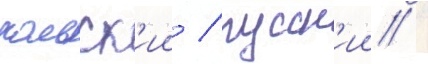
польск'ии / русск'ии /